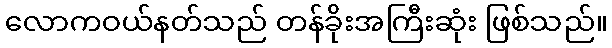
လောကဝယ်နတ်သည် တန်ခိုးအကြီးဆုံး ဖြစ်သည်။